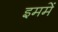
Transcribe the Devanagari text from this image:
इममें